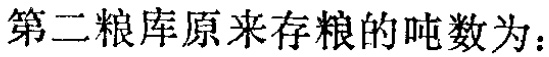
第二粮库原来存粮的吨数为：